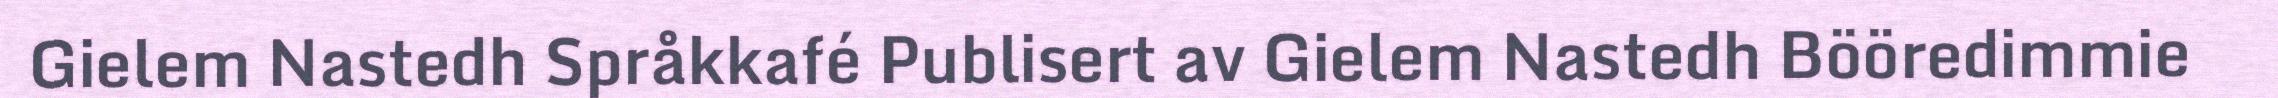
Gielem Nastedh Språkkafé Publisert av Gielem Nastedh Bööredimmie